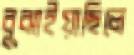
বুঝাইয়াছিলে